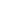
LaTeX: \! \! \! \! \! \! \! \! \! \! \! \mathbf{x}\! \! \! \! \! \! \! \! \! \! \! \! \in\! \! \! \! \! \! \! \! \! \! \! \! \partial\! \! \! \! \! \! \! \! \! \! \! \! B\! \! \! \! \! \! \! \! \! \! \! \! \cap\! \! \! \! \! \! \! \! \! \! \! \! \! \! \! \! \! \! \! \! \! \! \! \! \Sigma\! \! \! \! \! \! \! \! \! \! \! \! ^{s}\! \! \! \! \! \! \! \! \! \! \!